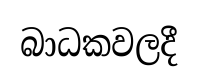
බාධකවලදී